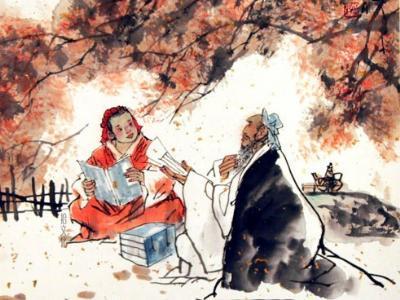
子规夜半犹啼血，不信东风唤不回。